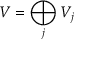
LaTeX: V = \bigoplus _ { j } { V _ { j } }